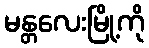
မန္တလေးမြို့ကို